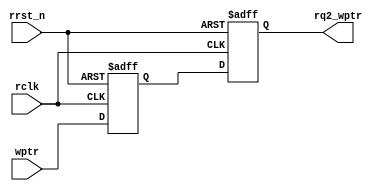
module sync_w2r #(
  parameter ASIZE = 4
)(
  output [ASIZE:0] rq2_wptr,
  input  [ASIZE:0] wptr,
  input  rclk, rrst_n
);
  reg [ASIZE:0] rq1_wptr, rq2_wptr;

  // * Shift Reg
  always @ (posedge rclk or negedge rrst_n) begin
    if (!rrst_n) {rq2_wptr, rq1_wptr} <= '0;
    else         {rq2_wptr, rq1_wptr} <= {rq1_wptr, wptr};
  end

endmodule